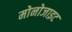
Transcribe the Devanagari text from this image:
मोनोजाइट